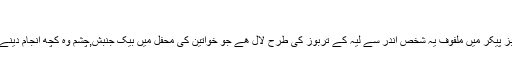
کراچی
بہت کم اشخاص اس حقیقت سے آشنا ھوں گے کہ بظاہر تہذیب اور شائستگی کے سر سبز پیکر میں ملفوف یہ شخص اندر سے لیہ کے تربوز کی طرح لال ھے جو خواتین کی محفل میں بیک جنبش,چشم وہ کچھ انجام دینے پر مکمل قدرت رکھتا ھے جو اوباش تخلیہ میں کر گزرنے کا سوچ کر ہچکچاتے ھیں۔